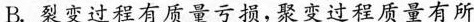
B.裂变过程有质量亏损，聚变过程质量有所